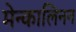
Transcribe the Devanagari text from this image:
मेन्कालिनन